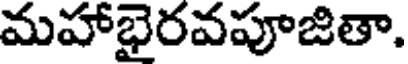
మహాభైరవపూజితా.